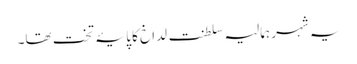
یہ شہر ہمالیہ سلطنت لداخ کا پایۂ تخت تھا۔